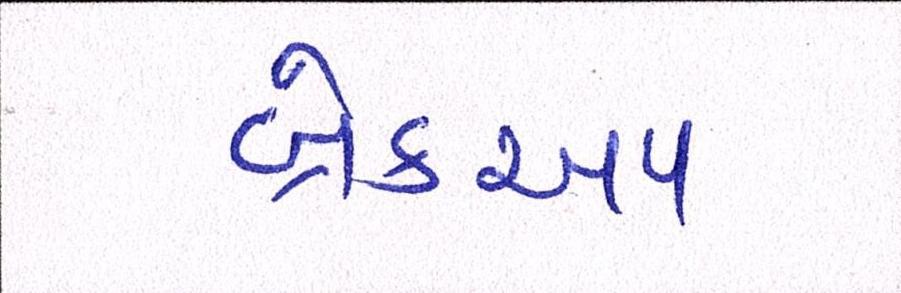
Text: બ્રેકઅપ